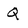
Character: Q